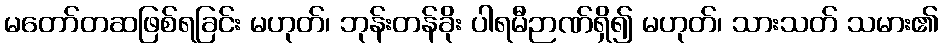
မတော်တဆဖြစ်ရခြင်း မဟုတ်၊ ဘုန်းတန်ခိုး ပါရမီဉာဏ်ရှိ၍ မဟုတ်၊ သားသတ် သမား၏